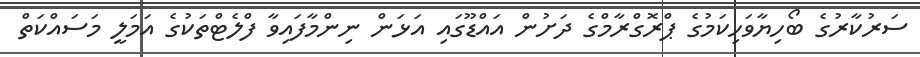
ސަރުކާރުގެ ބޯހިޔާވަހިކަމުގެ ޕްރޮގްރާމްގެ ދަށުން އައްޑޫގައި އަޅަން ނިންމާފައިވާ ފްލެޓްތަކުގެ އަމަލީ މަސައްކަތް